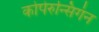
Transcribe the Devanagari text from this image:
कोपेरुन्सिगंन